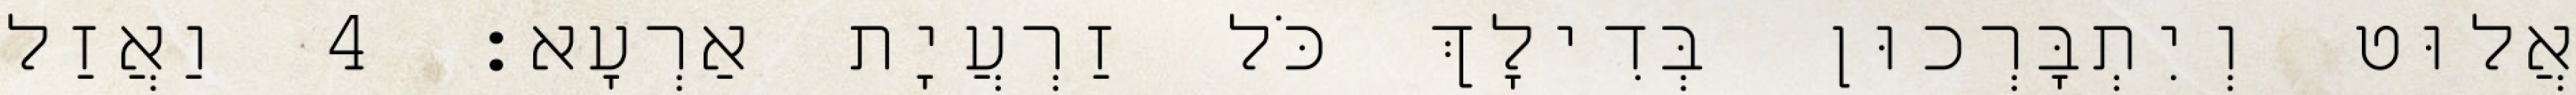
אֲלוּט וְיִתְבָּרְכוּן בְּדִילָךְ כֹּל זַרְעֲיָת אַרְעָא׃ 4 וַאֲזַל